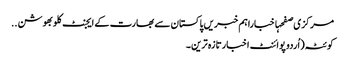
مرکزی صفحہاخباراہم خبریں پاکستان سے بھارت کے ایجنٹ کلوبھوشن ..
کوئٹہ(اُردو پوائنٹ اخبارتازہ ترین۔